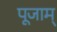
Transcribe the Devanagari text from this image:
पूजाम्